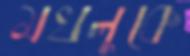
মখলুকে